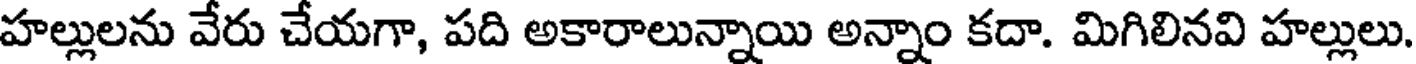
హల్లులను వేరు చేయగా, పది అకారాలున్నాయి అన్నాం కదా. మిగిలినవి హల్లులు